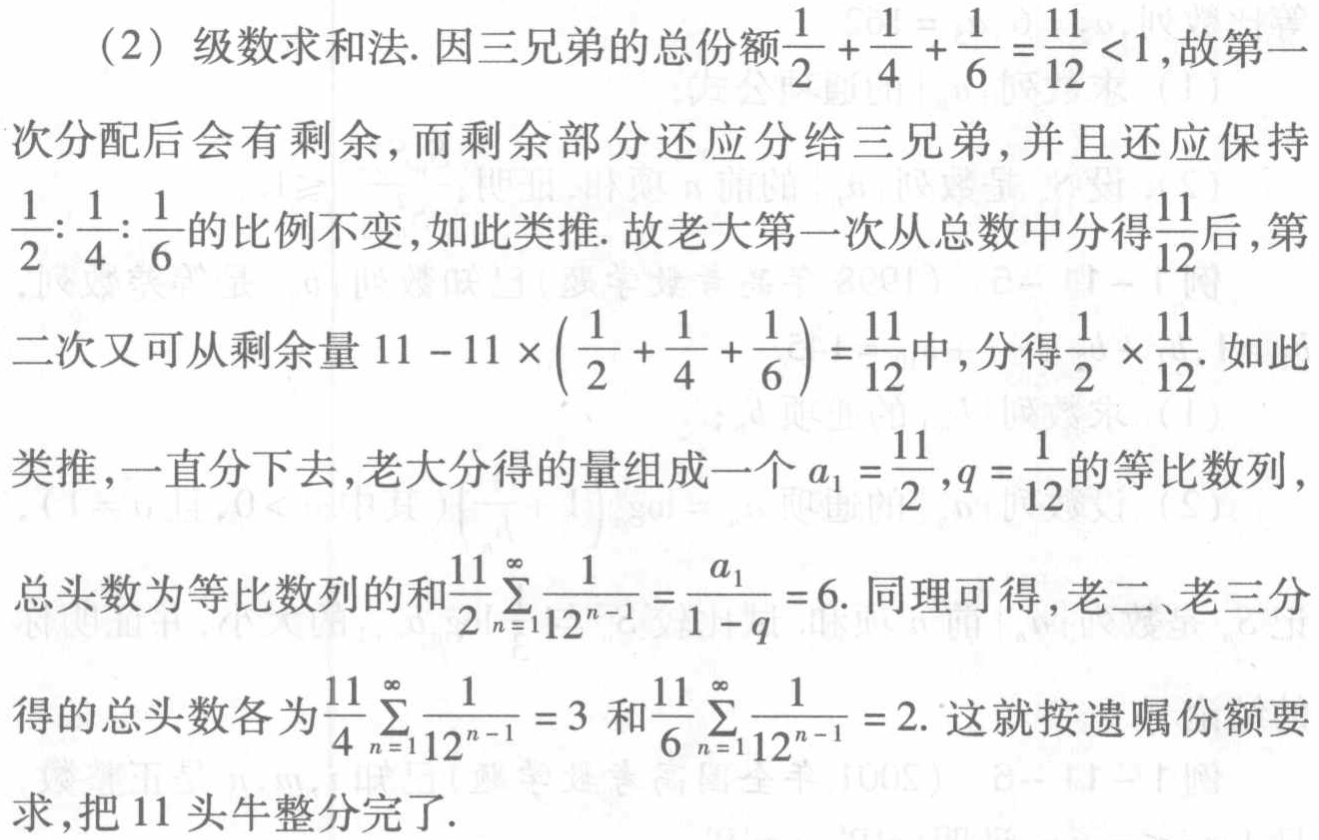
（2）级数求和法. 因三兄弟的总份额$\frac{1}{2}+\frac{1}{4}+\frac{1}{6}=\frac{11}{12}<1$, 故第一次分配后会有剩余, 而剩余部分还应分给三兄弟, 并且还应保持$\frac{1}{2}:\frac{1}{4}:\frac{1}{6}$的比例不变, 如此类推. 故老大第一次从总数中分得$\frac{11}{12}$后, 第二次又可从剩余量$11 - 11\times(\frac{1}{2}+\frac{1}{4}+\frac{1}{6})=\frac{11}{12}$中, 分得$\frac{1}{2}\times\frac{11}{12}$. 如此类推, 一直分下去, 老大分得的量组成一个$a_1 = \frac{11}{2},q=\frac{1}{12}$的等比数列, 总头数为等比数列的和$\frac{11}{2}\sum_{n = 1}^{\infty}\frac{1}{12^{n - 1}}=\frac{a_1}{1 - q}=6$. 同理可得, 老二、老三分得的总头数各为$\frac{11}{4}\sum_{n = 1}^{\infty}\frac{1}{12^{n - 1}} = 3$和$\frac{11}{6}\sum_{n = 1}^{\infty}\frac{1}{12^{n - 1}} = 2$. 这就按遗嘱份额要求, 把 11 头牛整分完了.